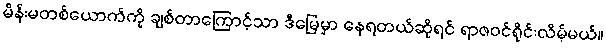
မိန်းမတစ်ယောက်ကို ချစ်တာကြောင့်သာ ဒီမြေမှာ နေရတယ်ဆိုရင် ရာဇဝင်ရိုင်းလိမ့်မယ်။